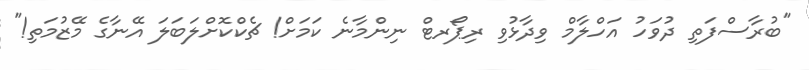
"ބުރާސްފަތި ދުވަހު އަހްލާމް ވިދާޅުވި ރިޕޯރޓް ނިންމާނެ ކަމަށް! ޗެކްކޮށްލަބަލަ އޭނާގެ މޭޒުމަތި!"